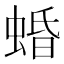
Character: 𧍎